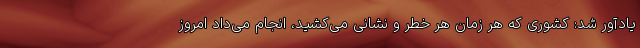
یادآور شد: کشوری که هر زمان هر خطر و نشانی می‌کشید، انجام می‌داد امروز